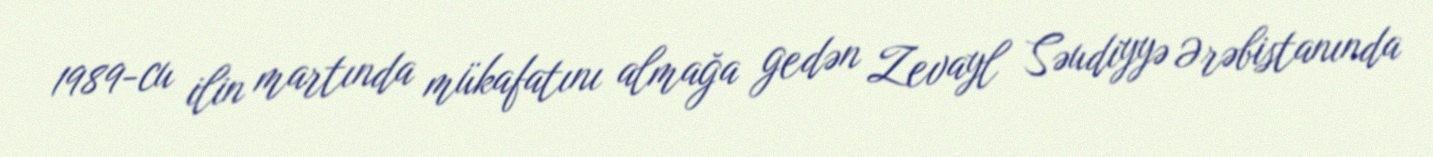
1989-cu ilin martında mükafatını almağa gedən Zevayl Səudiyyə Ərəbistanında